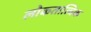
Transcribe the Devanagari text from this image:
लोकतात्विक